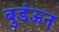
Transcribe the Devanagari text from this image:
बुडंऊन